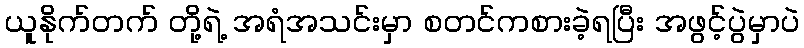
ယူနိုက်တက် တို့ရဲ့ အရံအသင်းမှာ စတင်ကစားခဲ့ရပြီး အဖွင့်ပွဲမှာပဲ